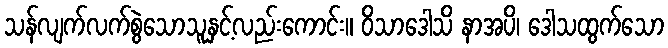
သန်လျက်လက်စွဲသောသူနှင့်လည်းကောင်း။ ဝိသာဒေါသိ နာအပိ၊ ဒေါသထွက်သော